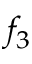
f _ { 3 }